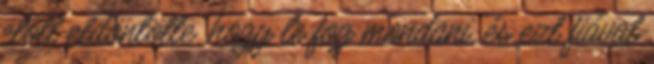
előtt eldöntötte, hogy le fog mondani, és ezt fiával